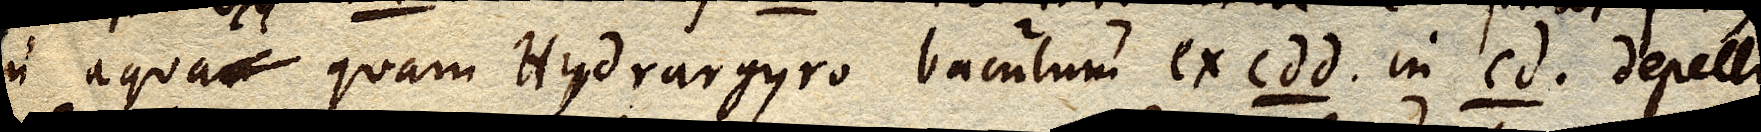
in aqua quam Hydrargyro baculum ex cdd. in cd. depelli,